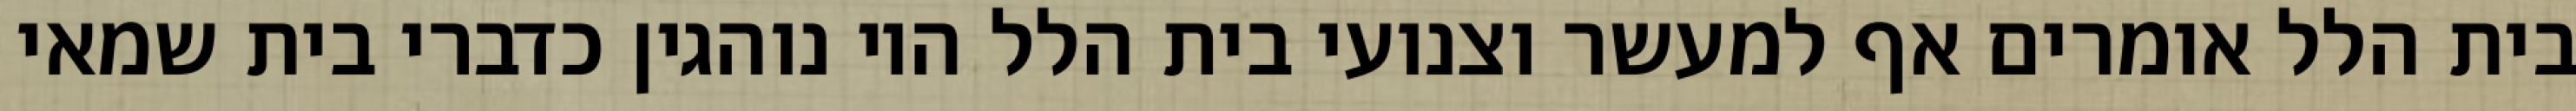
בית הלל אומרים אף למעשר וצנועי בית הלל היו נוהגין כדברי בית שמאי